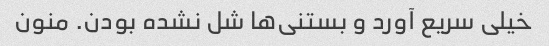
خیلی سریع آورد و بستنی‌ها شل نشده بودن. منون